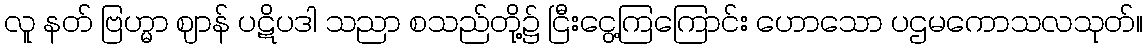
လူ နတ် ဗြဟ္မာ ဈာန် ပဋိပဒါ သညာ စသည်တို့၌ ငြီးငွေ့ကြကြောင်း ဟောသော ပဌမကောသလသုတ်။